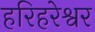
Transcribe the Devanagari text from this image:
हरिहरेश्वर